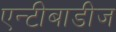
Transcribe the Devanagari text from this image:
एन्टीबाडीज